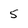
Character: 5